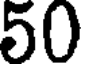
50